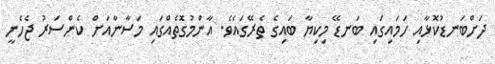
ދަށްބަނޑުކޮޅާއި ހަމައިގައި ބަނޑޭ މިކިޔާ ބައިގެ ތެރޭގައެވެ. އާންމުގޮެތެއްގައި މަސާނާއަށް ކެންސަރު ޖެހެނީ